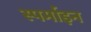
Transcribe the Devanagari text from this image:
स्पर्माइन